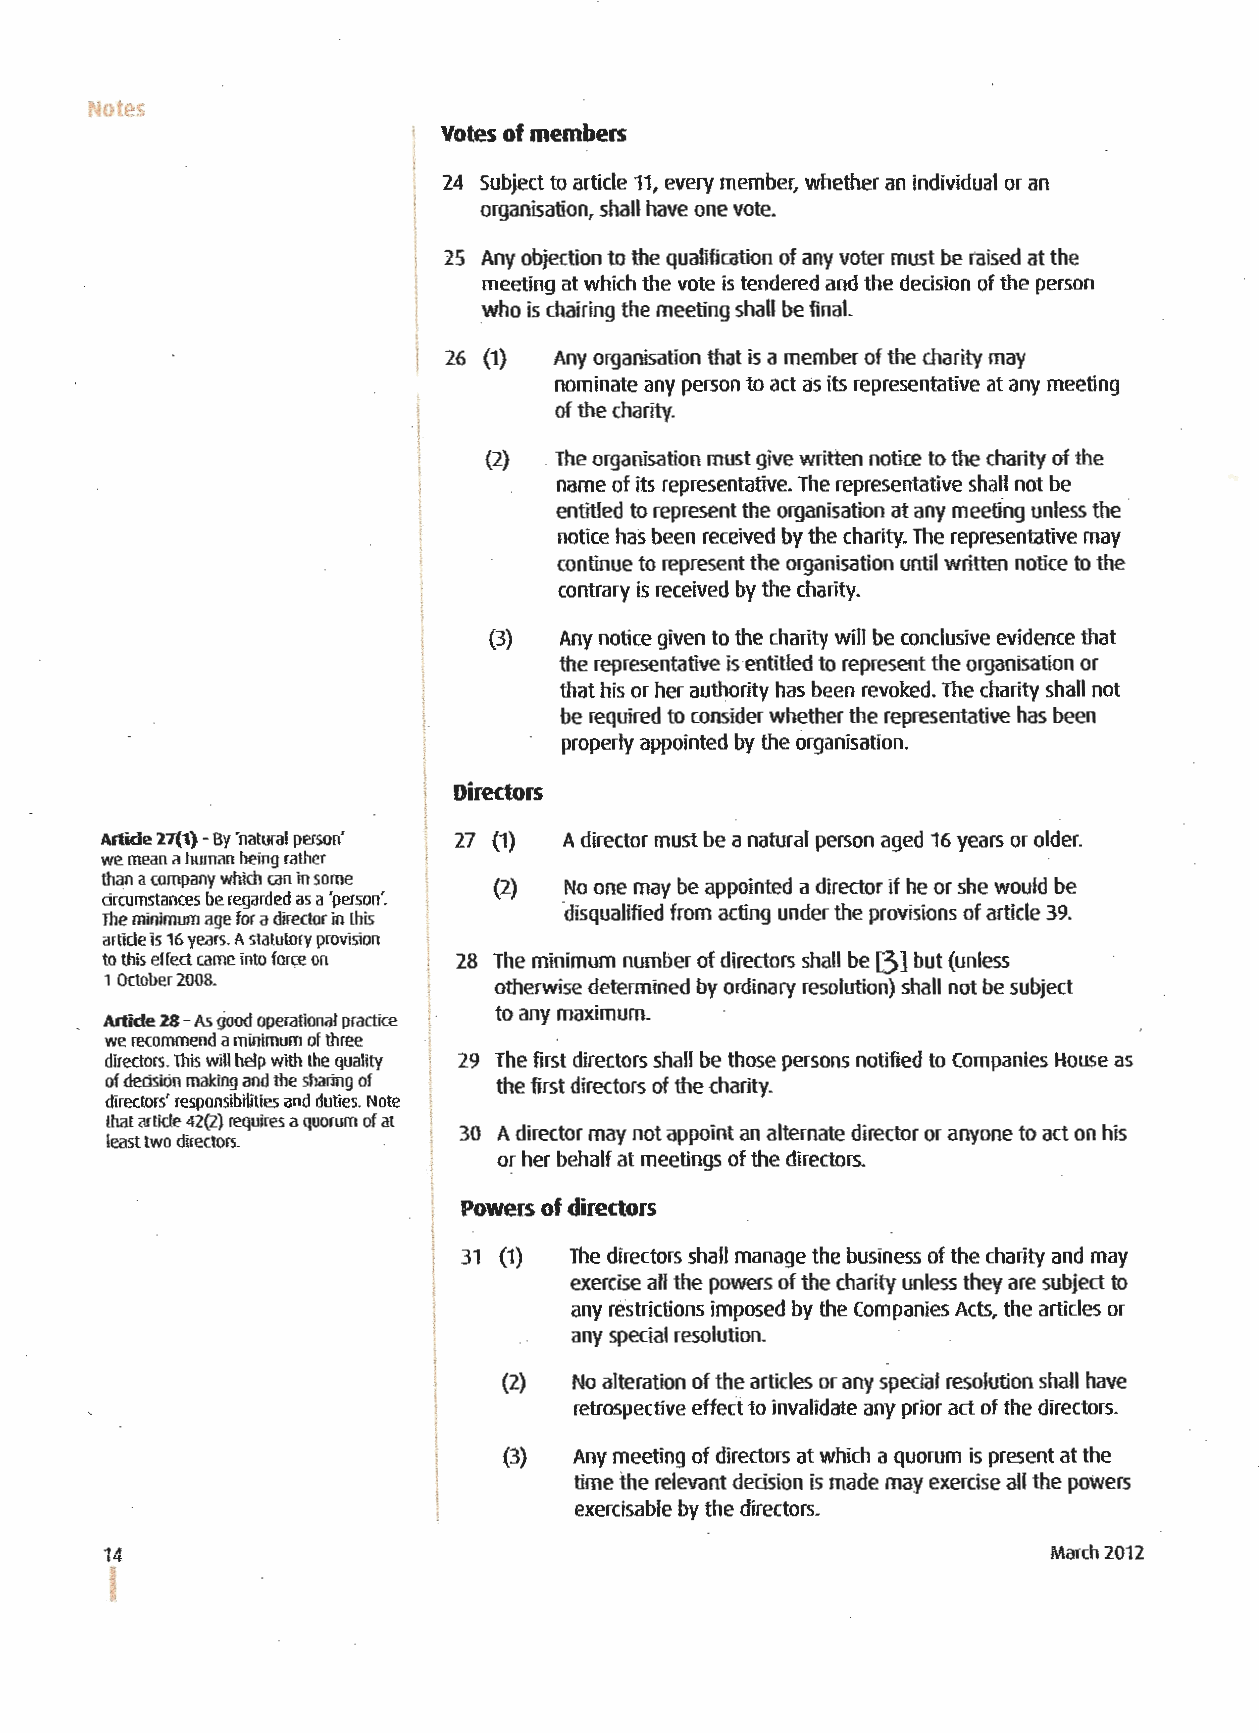
Notes
 Votes of members
 24 Subject to article 11, every member, whether an individual or an
 organisation, shall have one vote.
 25 Any objection to the qualification of any voter must be raised at the
 meeting at which the vote is tendered and the decision of the person
 who is chairing the meeting shall be final.
 26 (1) Any organisation that is a member of the charity may
 nominate any person to act as its representative at any meeting
 of the charity.
 j
 (2)  The organisation must give written notice to the charity of the
 1
 name of its representative. The representative shall not be
 entitled to represent the organisation at any meeting unless the
 notice has been received by the charity. The representative may
 continue to represent the organisation until written notice to the
 contrary is received by the charity.
 {3)  Any notice given to the charity will be conclusive evidence that
 the representative is entitled to represent the organisation or
 that his or her authority has been revoked. The charity shall not
 I        be required to consider whether the representative has been
 properly appointed by the organisation.
 \
 l Directors
 Artide 27{1) -By 'natural person' 27 (1) A director must be a natural person aged 16 years or older.
 we mean a human being rather
 than a company which can in some {2) No one may be appointed a director if he or she would be
 circumstances be regarded as a 'person'.
 ·disqualified from acting under the provisions of article 39.
 The minimum age for a director in this
 article is 16 years. A statutory provision
 to this effect came into force on 28 The minimum number of directors shall be [3] but (unless
 1 October 2008.           otherwise determined by ordinary resolution) shall not be subject
 to any maximum.
 Artide 28 -As good operational practice
 we recommend a rninimum of three
 directors. This will help with the quality 29 The first directors shall be those persons notified to Companies House as
 of decision making and the sharjng of the first directors of the charity.
 directors' responsibilities and duties. Note
 that artide 42(2) requires a quorum of at
 30 A director may not appoint an alternate director or anyone to act on his
 least two directors.
 or her behalf at meetings of the directors.
 Powers of directors
 31 (1) The directors shall manage the business of the charity and may
 exercise all the powers of the charity unless they are subject to
 any restrictions imposed by the Companies Acts, the articles or
 any special resolution.
 (2)  No alteration of the articles or any special resolution shall have
 retrospective etted to invalidate any prior act of the directors.
 (3)  Any meeting of directors at which a quorum is present at the
 time the relevant decision is made may exercise all the poWers
 exercisable by the directors.
 14                                                             March 2012